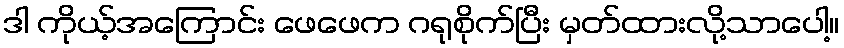
ဒါ ကိုယ့်အကြောင်း ဖေဖေက ဂရုစိုက်ပြီး မှတ်ထားလို့သာပေါ့။